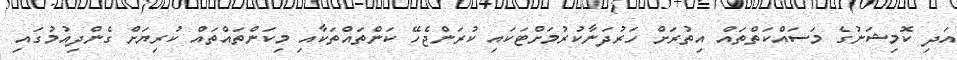
އަދި ކޮމިޝަނުގެ މަސައްކަތްތައް އިތުރަށް ހަރުދަނާކުރުމަށްޓަކައި ކުރަންޖެހޭ ކަންތައްތަކާއި މިކަންތައްތައް ކުރިޔަށް ގެންދިއުމުގައި